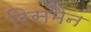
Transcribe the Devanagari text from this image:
रिसमैन